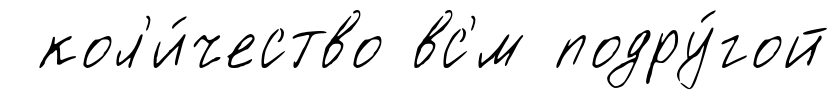
кол'и́чество вс'́м подру́гой